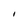
Character: I